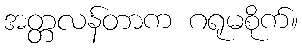
အတ္တလန်တာက ဂရုမစိုက်။